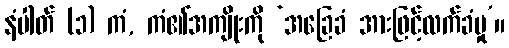
နံပါတ် (၁) ကံ, ကံ၏အကျိုးကို ‘အခြေခံ အားဖြင့်လက်ခံမှု’။